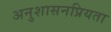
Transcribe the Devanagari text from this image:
अनुशासनप्रियता